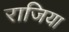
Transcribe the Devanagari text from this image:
राजिया